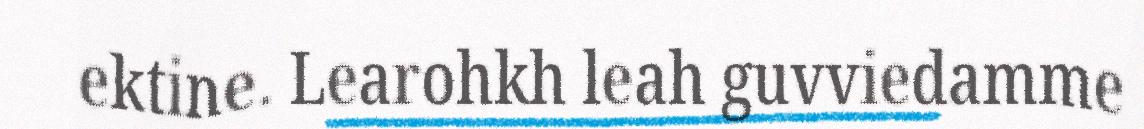
ektine. Learohkh leah guvviedamme